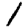
Digit: 1